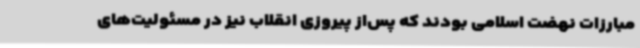
مبارزات نهضت اسلامی بودند که پس‌از پیروزی انقلاب نیز در مسئولیت‌های